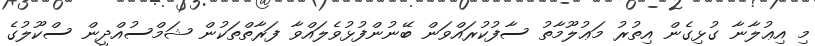
މި އިޢުލާނާ ގުޅިގެން އިތުރު މަޢުލޫމާތު ސާފުކުރައްވަން ބޭނުންފުޅުވެލައްވާ ފަރާތްތަކުން ޝަމްސުއްދީން ސްކޫލުގެ